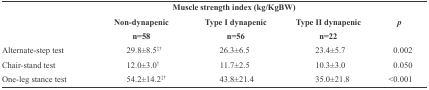
<table><thead><tr><td></td><td colspan="3"><b>Muscle strength index (kg/KgBW)</b></td><td></td></tr><tr><td></td><td><b>Non-dynapenic</b></td><td><b>Type I dynapenic</b></td><td><b>Type II dynapenic</b></td><td><b><i>p</i></b></td></tr></thead><tbody><tr><td></td><td>n=58</td><td>n=56</td><td>n=22</td><td></td></tr><tr><td>Alternate-step test</td><td>29.8±8.5‡†</td><td>26.3±6.5</td><td>23.4±5.7</td><td>0.002</td></tr><tr><td>Chair-stand test</td><td>12.0±3.0†</td><td>11.7±2.5</td><td>10.3±3.0</td><td>0.050</td></tr><tr><td>One-leg stance test</td><td>54.2±14.2‡†</td><td>43.8±21.4</td><td>35.0±21.8</td><td>&lt;0.001</td></tr></tbody></table>